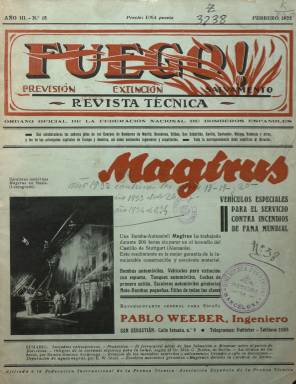
Título: Fuego (Barcelona. 1930)
Colección: Industria
Ámbito geográfico: Barcelona
Lugar de publicación: Barcelona
Fechas: 01/02/1932-30/11/1934

Esta revista mensual era el órgano oficial de la Federación Nacional de Bomberos Españoles y colaboraban en ella jefes de los cuerpos de extinción de incendios de las principales ciudades españolas, así como de capitales europeas y americanas. También escribían artículos relacionados con la materia ingenieros y arquitectos.

  La Biblioteca Nacional de España solo posee algunos números de esta publicación técnica iniciada en febrero de 1930. No fue la primera revista profesional de bomberos. Antes de ella se editó, también en Barcelona, El Bombero español, entre 1919 y 1923. Otra revista profesional que comenzó a editarse en 1965 con otro nombre pasó en 1982 a llevar también el título de Fuego, aunque no tiene nada que ver con la de 1930.

La publicación contaba entre 30 y 40 páginas, bastantes de ellas de publicidad de material normalmente relacionado con la temática. Se editaba en blanco y negro salvo la cabecera de portada que iba en un intenso color rojo, muy apropiado para su título, envueltas las letras de Fuego en una llamarada roja.

  Aparte de los artículos de contenido profesional y de la información sobre actividades o sobre sucesos, es muy llamativo de esta revista sus dibujos de grandes incendios históricos o retrospectivos como los solía llamar. Se pueden ver en los números de 1932. Así, por ejemplo, en el número 20 de junio de ese año hay un grabado espectacular del centro comercial ‘Magasin Parisien’ de Budapest en el que se ve a varias personas saltando al vacío para escapar de las llamas.

El último número que posee la BNE corresponde a noviembre de 1934 y es un especial dedicado a la empresa industrial italiana Pirelli, proveedora de la goma con la que se confeccionaban las mangueras y otro material utilizado por los bomberos. Se trata de un número eminentemente gráfico con grandes fotografías de las instalaciones de la compañía, de la industria del caucho, de la fabricación de mangueras y de prácticas realizadas por los bomberos con máscaras de protección también de la marca Pirelli.

[Descripción publicada el 10/11/2022]